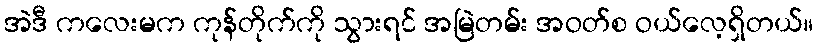
အဲဒီ ကလေးမက ကုန်တိုက်ကို သွားရင် အမြဲတမ်း အဝတ်စ ဝယ်လေ့ရှိတယ်။